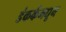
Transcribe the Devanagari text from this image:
डंकर्कमधून